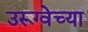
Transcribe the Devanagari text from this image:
उरूग्वेच्या